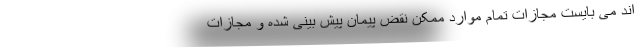
اند می بایست مجازات تمام موارد ممکن نقض پیمان پیش بینی شده و مجازات